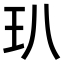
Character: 玐